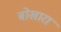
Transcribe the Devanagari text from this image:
बोखारा